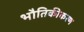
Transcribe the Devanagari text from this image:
भौतिकीकरण